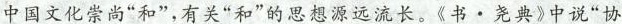
中国文化崇尚”和”，有关”和”的思想源远流长。《书。尧典》中说”协